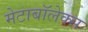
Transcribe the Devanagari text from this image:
मेटाबॉलेक्स